Reports on dispensaries and lunatic asylums in the Province of Oudh - 1869-1876
Year: 1869
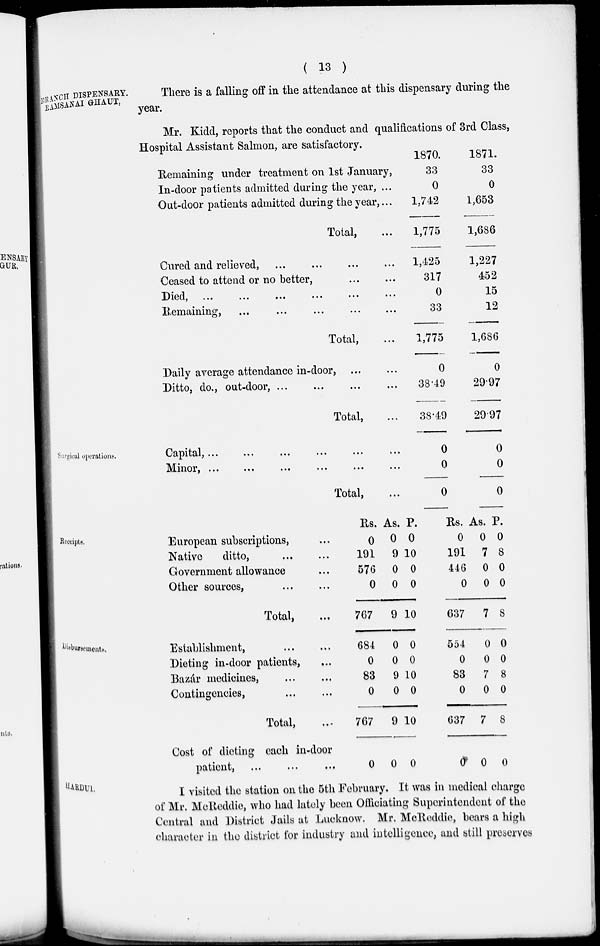
( 13 )
BRANCH DISPENSARY.
RAMSANAI GHAUT,
There is a falling off in the attendance at this dispensary during the
year.
Mr. Kidd, reports that the conduct and qualifications of 3rd Class,
Hospital Assistant Salmon, are satisfactory.
Remaining under treatment on 1st January,
In-door patients admitted during the year, ...
Out-door patients admitted during the year, ...
Total, ...
Cured and relieved, ... ... ... ...
Ceased to attend or no better, ... ...
Died, ... ... ... ... ... ...
Remaining,
...
...
...
...
...
Total, ...
Daily average attendance in-door, ... ...
Ditto, do., out-door, ... ... ... ...
Total, ...
1870.
33
0
1,742
1,775
1,425
317
0
33
1,775
0
38.49
38.49
1871.
33
0
1,653
1,686
1,227
452
15
12
1,686
0
29.97
29.97
Surgical operations.
Capital, ... ... ... ... ... ...
Minor,
...
...
...
...
...
...
Total, ...
0
0
0
0
0
0
Receipts.
European subscriptions, ...
Native
ditto, ... ...
Government allowance ...
Other sources, ... ...
Total, ...
Rs.
0
191
576
0
767
As.
0
9
0
0
9
P.
0
10
0
0
10
Rs.
0
191
446
0
637
As.
0
7
0
0
7
P.
0
8
0
0
8
Disbursements.
Establishment, ... ...
Dieting in-door patients, ...
Bazár medicines, ... ...
Contingencies,
...
...
Total, ...
Cost of dieting each in-door
patient, ... ... ...
684
0
83
0
767
0
0
0
9
0
9
0
0
0
10
0
10
0
554
0
83
0
637
0
0
0
7
0
7
0
0
0
8
0
8
0
HARDUI.
I visited the station on the 5th February. It was in medical charge
of Mr. McReddie, who had lately been Officiating Superintendent of the
Central and District Jails at Lucknow. Mr. McReddie, bears a high
character in the district for industry and intelligence, and still preserves